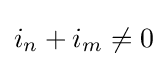
i_{n}+i_{m}\neq 0